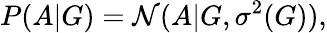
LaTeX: P(A|G)=\mathcal{N}(A|G,\sigma^{2}(G)),